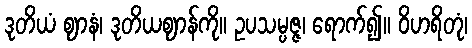
ဒုတိယံ ဈာနံ၊ ဒုတိယဈာန်ကို။ ဥပသမ္ပဇ္ဇ၊ ရောက်၍။ ဝိဟရိတုံ၊